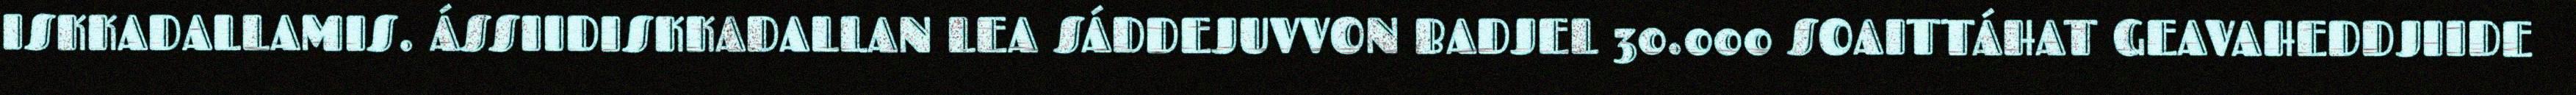
ISKKADALLAMIS. ÁSSIIDISKKADALLAN LEA SÁDDEJUVVON BADJEL 30.000 SOAITTÁHAT GEAVAHEDDJIIDE